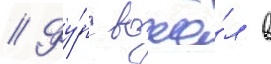
// Фу́рс вошё́л в